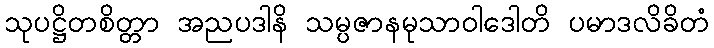
သုပဋ္ဌိတစိတ္တာ အညပဒါနိ သမ္ပဇာနမုသာဝါဒေါတိ ပမာဒလိခိတံ